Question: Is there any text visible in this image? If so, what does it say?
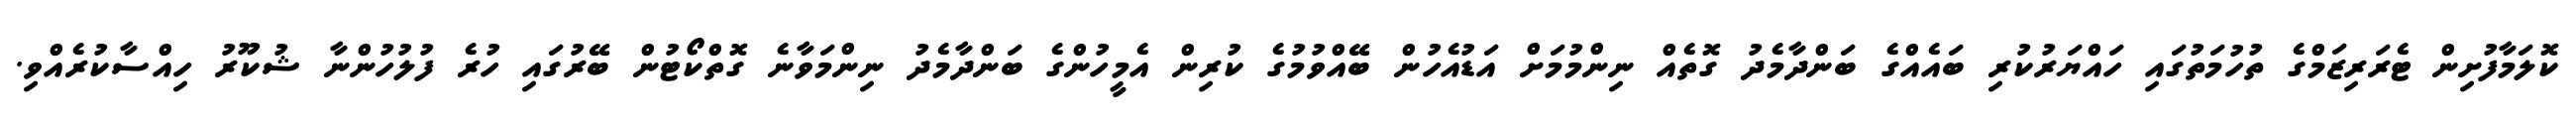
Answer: ކޮލަމާފުށިން ޓެރަރިޒަމްގެ ތުހުމަތުގައި ހައްޔަރުކުރި ބައެއްގެ ބަންދާމެދު ގޮތެއް ނިންމުމަށް އަޑުއެހުން ބޭއްވުމުގެ ކުރިން އެމީހުންގެ ބަންދާމެދު ނިންމަވާނެ ގޮތްކޯޓުން ބޭރުގައި ހުރެ ފުލުހުންނާ ޝުކޫރު ހިއްސާކުރެއްވި.